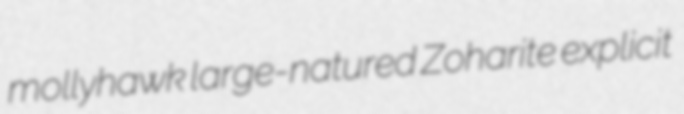
mollyhawk large-natured Zoharite explicit